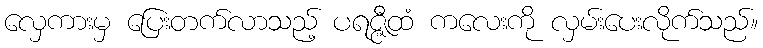
လှေကားမှ ပြေးတက်လာသည့် ပရဇ္ဇီထံ ကလေးကို လှမ်းပေးလိုက်သည်။